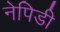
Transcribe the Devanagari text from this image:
नेपिडी